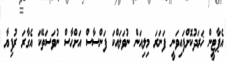
އެޕާޓީން ޚަރަދުކޮށްފައިވަނީ ފަނަރަ މިލިއަން ނުވަލައްކަ ފަންސާސް އަށްހާސް ނުވަސަތޭކަ އެގާރަ ރުފިޔާ